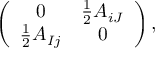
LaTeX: \left( \begin{array} { c c } { { 0 } } & { { { \frac { 1 } { 2 } } A _ { i J } } } \\ { { { \frac { 1 } { 2 } } A _ { I j } } } & { { 0 } } \end{array} \right) ,